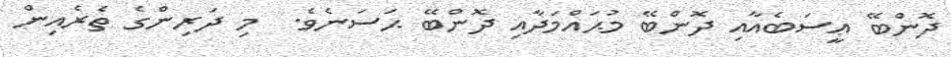
ދޮންބޭ ޢީސަބެއާއި ދޮންބޭ މުޙައްމަދާއި ދޮންބޭ ޙަސަނެވެ.  މި ދަރިންގެ ތެރެއިން